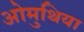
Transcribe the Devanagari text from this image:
ओमुथिया